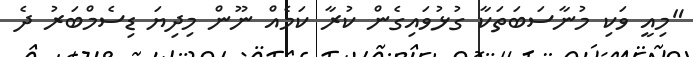
"މިއީ ވަކި މުނާސަބަތަކާ ގުޅުވައިގެން ކުރާ ކަމެއް ނޫން މިދިޔަ ޑިސެމްބަރު ދެ